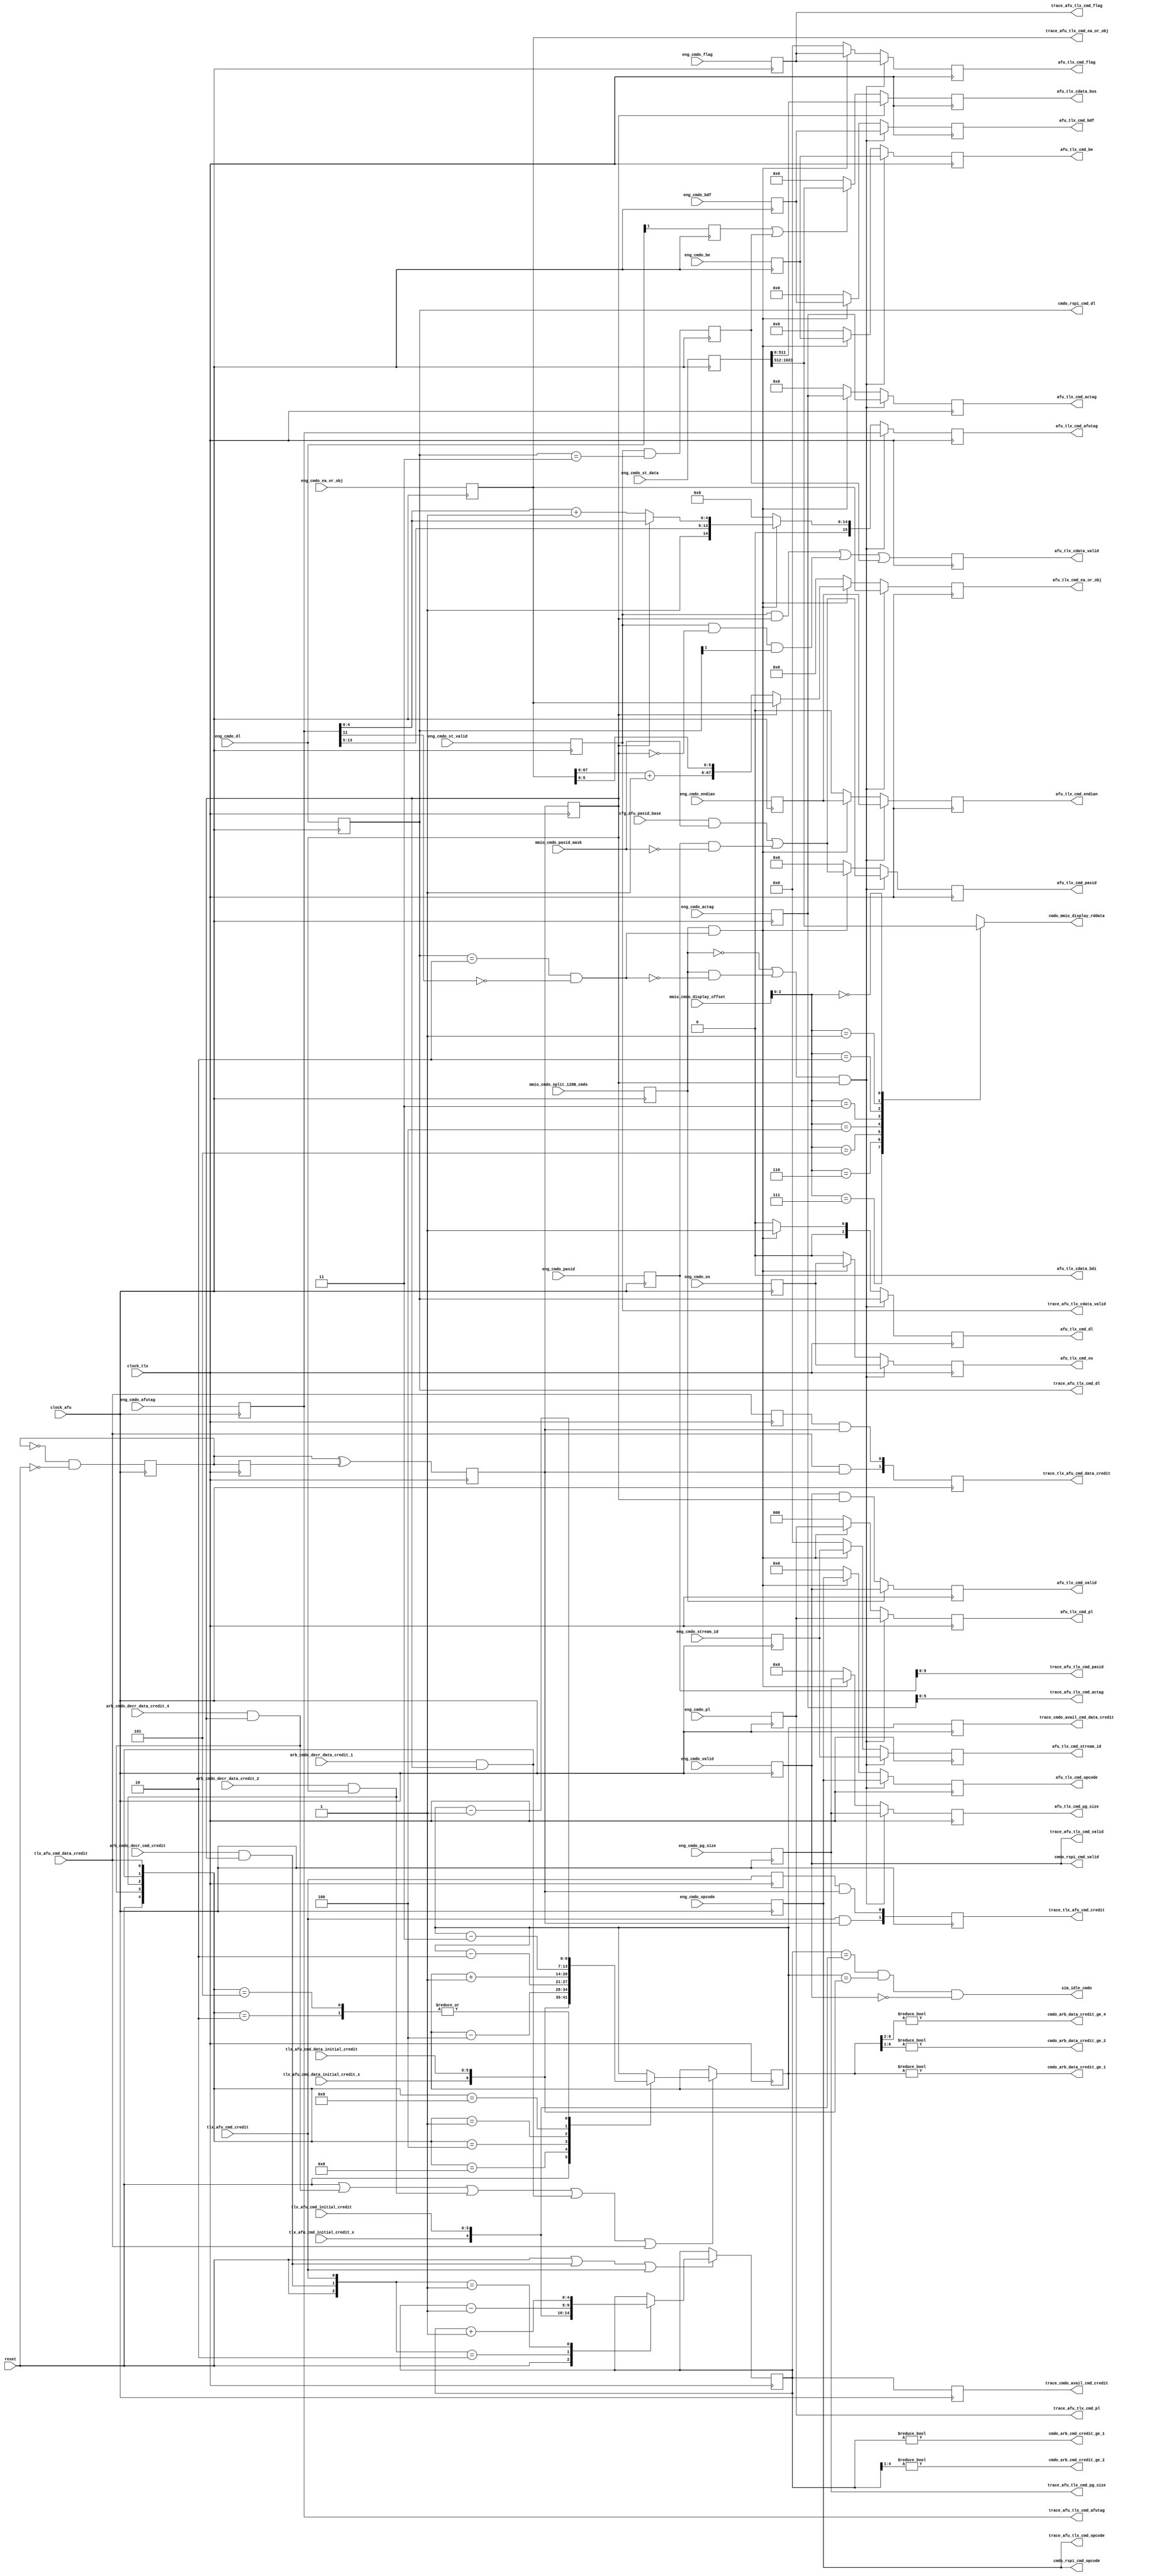
// *!***************************************************************************
// *! Copyright 2019 International Business Machines
// *!
// *! Licensed under the Apache License, Version 2.0 (the "License");
// *! you may not use this file except in compliance with the License.
// *! You may obtain a copy of the License at
// *! http://www.apache.org/licenses/LICENSE-2.0 
// *!
// *! The patent license granted to you in Section 3 of the License, as applied
// *! to the "Work," hereby includes implementations of the Work in physical form.  
// *!
// *! Unless required by applicable law or agreed to in writing, the reference design
// *! distributed under the License is distributed on an "AS IS" BASIS,
// *! WITHOUT WARRANTIES OR CONDITIONS OF ANY KIND, either express or implied.
// *! See the License for the specific language governing permissions and
// *! limitations under the License.
// *! 
// *! The background Specification upon which this is based is managed by and available from
// *! the OpenCAPI Consortium.  More information can be found at https://opencapi.org. 
// *!***************************************************************************
`timescale 1ns / 1ps

module afp3_cmdo (

  // -- Clocks & Reset
    input                 clock_afu          // -- target frequency 200MHz
  , input                 clock_tlx          // -- target frequency 400MHz
  , input                 reset                                                                                                                    

  // -- Config info
  , input          [19:0] cfg_afu_pasid_base                                                                                                     
  , input          [19:0] mmio_cmdo_pasid_mask                                                                                                     
  , input                 mmio_cmdo_split_128B_cmds

  // -- Command input from Engines
  , input                 eng_cmdo_valid                                                                                                           
  , input           [7:0] eng_cmdo_opcode                                                                                                          
  , input          [11:0] eng_cmdo_actag                                                                                                           
  , input           [3:0] eng_cmdo_stream_id                                                                                                       
  , input          [67:0] eng_cmdo_ea_or_obj                                                                                                       
  , input          [15:0] eng_cmdo_afutag                                                                                                          
  , input           [1:0] eng_cmdo_dl                                                                                                              
  , input           [2:0] eng_cmdo_pl                                                                                                              
  , input                 eng_cmdo_os                                                                                                              
  , input          [63:0] eng_cmdo_be                                                                                                              
  , input           [3:0] eng_cmdo_flag                                                                                                            
  , input                 eng_cmdo_endian                                                                                                          
  , input          [15:0] eng_cmdo_bdf                                                                                                             
  , input          [19:0] eng_cmdo_pasid                                                                                                           
  , input           [5:0] eng_cmdo_pg_size                                                                                                         
  , input                 eng_cmdo_st_valid                                                                                                        
  , input        [1023:0] eng_cmdo_st_data                                                                                                         

  // -- Send latched Command to response logic for tracking outstanding ops
  , output                cmdo_rspi_cmd_valid
  , output          [7:0] cmdo_rspi_cmd_opcode
  , output          [1:0] cmdo_rspi_cmd_dl

  // -- AFU_TLX command transmit interface
  , output                afu_tlx_cmd_valid
  , output          [7:0] afu_tlx_cmd_opcode
  , output         [11:0] afu_tlx_cmd_actag
  , output          [3:0] afu_tlx_cmd_stream_id
  , output         [67:0] afu_tlx_cmd_ea_or_obj
  , output         [15:0] afu_tlx_cmd_afutag
  , output          [1:0] afu_tlx_cmd_dl
  , output          [2:0] afu_tlx_cmd_pl
  , output                afu_tlx_cmd_os
  , output         [63:0] afu_tlx_cmd_be
  , output          [3:0] afu_tlx_cmd_flag
  , output                afu_tlx_cmd_endian
  , output         [15:0] afu_tlx_cmd_bdf
  , output         [19:0] afu_tlx_cmd_pasid
  , output          [5:0] afu_tlx_cmd_pg_size

  , output                afu_tlx_cdata_valid
  , output                afu_tlx_cdata_bdi
  , output        [511:0] afu_tlx_cdata_bus

  // -- Cmd & Data Credit
  , input                 tlx_afu_cmd_credit                //  -- TLX returns cmd credit to AFU when cmd taken from FIFO by DLX
  , input                 tlx_afu_cmd_data_credit           //  -- TLX returns cmd data credit to AFU when cmd data taken from FIFO by DLX

//--input           [4:3] tlx_afu_cmd_resp_initial_credit_x //  -- TLX informs AFU cmd/resp credits available - same for cmd and resp
//--input           [2:0] tlx_afu_cmd_resp_initial_credit   //  -- TLX informs AFU cmd/resp credits available - same for cmd and resp
//--input           [6:5] tlx_afu_data_initial_credit_x     //  -- TLX informs AFU data credits available
//--input           [4:0] tlx_afu_data_initial_credit       //  -- TLX informs AFU data credits available

  , input           [4:4] tlx_afu_cmd_initial_credit_x      //  -- TLX informs AFU cmd credits available
  , input           [3:0] tlx_afu_cmd_initial_credit        //  -- TLX informs AFU cmd credits available
  , input           [6:6] tlx_afu_cmd_data_initial_credit_x //  -- TLX informs AFU cmd data credits available
  , input           [5:0] tlx_afu_cmd_data_initial_credit   //  -- TLX informs AFU cmd data credits available
 
  , output                cmdo_arb_cmd_credit_ge_1
  , output                cmdo_arb_cmd_credit_ge_2
  , output                cmdo_arb_data_credit_ge_1
  , output                cmdo_arb_data_credit_ge_2
  , output                cmdo_arb_data_credit_ge_4

  , input                 arb_cmdo_decr_cmd_credit
  , input                 arb_cmdo_decr_data_credit_4
  , input                 arb_cmdo_decr_data_credit_2
  , input                 arb_cmdo_decr_data_credit_1

  // -- AFU_TLX Command Bus Trace outputs
  , output                trace_afu_tlx_cmd_valid
  , output          [7:0] trace_afu_tlx_cmd_opcode
  , output          [5:0] trace_afu_tlx_cmd_actag
//, output          [3:0] trace_afu_tlx_cmd_stream_id
  , output         [67:0] trace_afu_tlx_cmd_ea_or_obj
  , output         [15:0] trace_afu_tlx_cmd_afutag
  , output          [1:0] trace_afu_tlx_cmd_dl
  , output          [2:0] trace_afu_tlx_cmd_pl
//, output                trace_afu_tlx_cmd_os
//, output         [63:0] trace_afu_tlx_cmd_be
  , output          [3:0] trace_afu_tlx_cmd_flag
//, output                trace_afu_tlx_cmd_endian
//, output         [15:0] trace_afu_tlx_cmd_bdf
  , output          [9:0] trace_afu_tlx_cmd_pasid
  , output          [5:0] trace_afu_tlx_cmd_pg_size

  , output                trace_afu_tlx_cdata_valid
//, output                trace_afu_tlx_cdata_bdi
//, output       [1023:0] trace_afu_tlx_cdata_bus

  , output          [1:0] trace_tlx_afu_cmd_credit
  , output          [1:0] trace_tlx_afu_cmd_data_credit

  , output          [4:0] trace_cmdo_avail_cmd_credit
  , output          [6:0] trace_cmdo_avail_cmd_data_credit

  // -- Display Read Interface - Copy Engines
  , input           [3:0] mmio_cmdo_display_offset
  , output reg     [63:0] cmdo_mmio_display_rddata

  // -- Simulation Idle
  , output                sim_idle_cmdo

  );


  // --****************************************************************************
  // -- Signal declarations
  // --****************************************************************************

  // -- 128B cmd split support
  wire            cmd_is_128B_cpy;

  // -- Command Credit
  wire            decr_cmd_credit;                                                                                                         
  wire            incr_cmd_credit;
  wire      [2:0] available_cmd_credit_sel;                                                                                                         

  // -- Data Credit
  wire            decr_data_credit_4;                                                                                                      
  wire            decr_data_credit_2;                                                                                                      
  wire            decr_data_credit_1;                                                                                                      
  wire            incr_data_credit;                                                                                                        
  wire      [4:0] available_cmd_data_credit_sel;                                                                                               

  // -- PASID modification per CNFG sourced Base/Mask
  wire     [19:0] eng_cmdo_pasid_aligned;                                                                                                  


  // --****************************************************************************
  // -- Latch Signal declarations (including enable signals)
  // --****************************************************************************

  // -- Even/Odd latches
  wire            toggle_d;                                                                                                                
  reg             toggle_q;                                                                                                                
  wire            sample_d;                                                                                                                
  reg             sample_q;                                                                                                                
  wire            odd_d;                                                                                                                   
  reg             odd_q;                                                                                                                   
  wire            even_d;                                                                                                                  
  (* keep = "true", max_fanout = 128 *) reg             even_q;                                                                                                                  


  // -- Repower mode bits
  wire            mmio_cmdo_split_128B_cmds_d;
  reg             mmio_cmdo_split_128B_cmds_q;

  // -- Engine interface latches (inbound)
  wire            eng_cmdo_valid_d;                                                                                                        
  reg             eng_cmdo_valid_q;                                                                                                        
  wire      [7:0] eng_cmdo_opcode_d;                                                                                                       
  reg       [7:0] eng_cmdo_opcode_q;                                                                                                       
  wire     [11:0] eng_cmdo_actag_d;                                                                                                        
  reg      [11:0] eng_cmdo_actag_q;                                                                                                        
  wire      [3:0] eng_cmdo_stream_id_d;                                                                                                    
  reg       [3:0] eng_cmdo_stream_id_q;                                                                                                    
  wire     [67:0] eng_cmdo_ea_or_obj_d;                                                                                                    
  reg      [67:0] eng_cmdo_ea_or_obj_q;                                                                                                    
  wire     [15:0] eng_cmdo_afutag_d;                                                                                                       
  reg      [15:0] eng_cmdo_afutag_q;                                                                                                       
  wire      [1:0] eng_cmdo_dl_d;                                                                                                           
  reg       [1:0] eng_cmdo_dl_q;                                                                                                           
  wire      [2:0] eng_cmdo_pl_d;                                                                                                           
  reg       [2:0] eng_cmdo_pl_q;                                                                                                           
  wire            eng_cmdo_os_d;                                                                                                           
  reg             eng_cmdo_os_q;                                                                                                           
  wire     [63:0] eng_cmdo_be_d;                                                                                                           
  reg      [63:0] eng_cmdo_be_q;                                                                                                           
  wire      [3:0] eng_cmdo_flag_d;                                                                                                         
  reg       [3:0] eng_cmdo_flag_q;                                                                                                         
  wire            eng_cmdo_endian_d;                                                                                                       
  reg             eng_cmdo_endian_q;                                                                                                       
  wire     [15:0] eng_cmdo_bdf_d;                                                                                                          
  reg      [15:0] eng_cmdo_bdf_q;                                                                                                          
  wire     [19:0] eng_cmdo_pasid_d;                                                                                                        
  reg      [19:0] eng_cmdo_pasid_q;                                                                                                        
  wire      [5:0] eng_cmdo_pg_size_d;                                                                                                      
  reg       [5:0] eng_cmdo_pg_size_q;                                                                                                      
  wire            eng_cmdo_st_valid_d;                                                                                                     
  reg             eng_cmdo_st_valid_q;                                                                                                     
  wire   [1023:0] eng_cmdo_st_data_d;                                                                                                      
  reg    [1023:0] eng_cmdo_st_data_q;

  // -- Repowering for gating
  wire            eng_cmdo_st_valid_dly_d;                                                                                                 
  reg             eng_cmdo_st_valid_dly_q;                                                                                                 
  wire            eng_cmdo_dl_ge_128B_d;                                                                                                   
 (* keep = "true", max_fanout = 256 *)   reg             eng_cmdo_dl_ge_128B_q;                                                                                                   

  // -- Trace Array Latches
  wire      [1:0] trace_tlx_afu_cmd_credit_d;
  reg       [1:0] trace_tlx_afu_cmd_credit_q;
  wire      [1:0] trace_tlx_afu_cmd_data_credit_d;
  reg       [1:0] trace_tlx_afu_cmd_data_credit_q;

  wire      [4:0] trace_cmdo_avail_cmd_credit_d;
  reg       [4:0] trace_cmdo_avail_cmd_credit_q;
  wire      [6:0] trace_cmdo_avail_cmd_data_credit_d;
  reg       [6:0] trace_cmdo_avail_cmd_data_credit_q;


  // -- TLX interface latches (outbound)
  reg             afu_tlx_cmd_valid_d;                                                                                                     
  reg             afu_tlx_cmd_valid_q;                                                                                                     
  reg       [7:0] afu_tlx_cmd_opcode_d;                                                                                                    
  reg       [7:0] afu_tlx_cmd_opcode_q;                                                                                                    
  reg      [11:0] afu_tlx_cmd_actag_d;                                                                                                     
  reg      [11:0] afu_tlx_cmd_actag_q;                                                                                                     
  reg       [3:0] afu_tlx_cmd_stream_id_d;                                                                                                 
  reg       [3:0] afu_tlx_cmd_stream_id_q;                                                                                                 
  reg      [67:0] afu_tlx_cmd_ea_or_obj_d;                                                                                                 
  reg      [67:0] afu_tlx_cmd_ea_or_obj_q;                                                                                                 
  reg      [15:0] afu_tlx_cmd_afutag_d;                                                                                                    
  reg      [15:0] afu_tlx_cmd_afutag_q;                                                                                                    
  reg       [1:0] afu_tlx_cmd_dl_d;                                                                                                        
  reg       [1:0] afu_tlx_cmd_dl_q;                                                                                                        
  reg       [2:0] afu_tlx_cmd_pl_d;                                                                                                        
  reg       [2:0] afu_tlx_cmd_pl_q;                                                                                                        
  reg             afu_tlx_cmd_os_d;                                                                                                        
  reg             afu_tlx_cmd_os_q;                                                                                                        
  reg      [63:0] afu_tlx_cmd_be_d;                                                                                                        
  reg      [63:0] afu_tlx_cmd_be_q;                                                                                                        
  reg       [3:0] afu_tlx_cmd_flag_d;                                                                                                      
  reg       [3:0] afu_tlx_cmd_flag_q;                                                                                                      
  reg             afu_tlx_cmd_endian_d;                                                                                                    
  reg             afu_tlx_cmd_endian_q;                                                                                                    
  reg      [15:0] afu_tlx_cmd_bdf_d;                                                                                                       
  reg      [15:0] afu_tlx_cmd_bdf_q;                                                                                                       
  reg      [19:0] afu_tlx_cmd_pasid_d;                                                                                                     
  reg      [19:0] afu_tlx_cmd_pasid_q;                                                                                                     
  reg       [5:0] afu_tlx_cmd_pg_size_d;                                                                                                   
  reg       [5:0] afu_tlx_cmd_pg_size_q;                                                                                                   
  reg             afu_tlx_cdata_valid_d;                                                                                                   
  reg             afu_tlx_cdata_valid_q;                                                                                                   
  reg     [511:0] afu_tlx_cdata_bus_d;                                                                                                     
  reg     [511:0] afu_tlx_cdata_bus_q;                                                                                                     

  // -- Command Credit
  wire            tlx_afu_cmd_credit_d;
  reg             tlx_afu_cmd_credit_q;

  wire            available_cmd_credit_en;                                                                                                 
  reg       [4:0] available_cmd_credit_d;                                                                                                  
  reg       [4:0] available_cmd_credit_q;                                                                                                  

  // -- Data Credit
  wire            tlx_afu_cmd_data_credit_d;
  reg             tlx_afu_cmd_data_credit_q;

  wire            available_cmd_data_credit_en;                                                                                                
  reg       [6:0] available_cmd_data_credit_d;                                                                                                 
  reg       [6:0] available_cmd_data_credit_q;                                                                                                 



  // -- ********************************************************************************************************************************
  // -- Determine Even/Odd Cycles
  // -- ********************************************************************************************************************************

  // --                          _______         _______         _______         _______         _______         
  // -- clock_afu             __|       |_______|       |_______|       |_______|       |_______|       |_______
  // --                          ___     ___     ___     ___     ___     ___     ___     ___     ___     ___     
  // -- clock_tlx             __|   |___|   |___|   |___|   |___|   |___|   |___|   |___|   |___|   |___|   |___
  // --                          _______________                 _______________                 _______________
  // -- toggle_q              __|               |_______________|               |_______________|
  // --                                  _______________                 _______________                 _______
  // -- sample_q              __________|               |_______________|               |_______________|
  // --                          _______         _______         _______         _______         _______         
  // -- even_q                __|       |_______|       |_______|       |_______|       |_______|       |_______
  // --                       __         _______         _______         _______         _______         _______         
  // -- odd_q                   |_______|       |_______|       |_______|       |_______|       |_______|       
  // --                          _______________          
  // -- eng_cmdo_xxx          --<_______________>---------------------------------------------------------------
  // --                                          _______________          
  // -- eng_cmdo_xxx_q        ------------------<_______________>-----------------------------------------------
  // --                                                  _______          
  // -- afu_tlx_xxx_q         --------------------------<_______>-----------------------------------------------
  // --                                                  _______ _______ _______ _______
  // -- afu_tlx_cdata_valid_q   ________________________|       |   ?   |   ?   |   ?   |_______________________
  // --                                                  _______ _______ _______ _______
  // -- afu_tlx_cdata_bus_q     ------------------------<_______X_______X_______X_______>-----------------------


  assign  toggle_d = ~toggle_q && ~reset;

  assign  sample_d =  toggle_q;

  assign  odd_d    =  toggle_q ^ sample_q;

  assign  even_d   =  odd_q;

  // -- ********************************************************************************************************************************
  // -- Repower Mode bits (AFU clock domain)
  // -- ********************************************************************************************************************************

  assign  mmio_cmdo_split_128B_cmds_d =  mmio_cmdo_split_128B_cmds;


  // -- ********************************************************************************************************************************
  // -- Latch inputs from engines (AFU clock domain)
  // -- ********************************************************************************************************************************

  // -- NOTE: for timing purposes, need to latch in the AFU clock domain.
  // --       These signals originate from the engines and go through big OR tree
  // --       There is some minimal amount of gating logic on the store data between latch and output within the engine

  assign  eng_cmdo_valid_d           =  eng_cmdo_valid;
  assign  eng_cmdo_opcode_d[7:0]     =  eng_cmdo_opcode[7:0];
  assign  eng_cmdo_actag_d[11:0]     =  eng_cmdo_actag[11:0];
  assign  eng_cmdo_stream_id_d[3:0]  =  eng_cmdo_stream_id[3:0];
  assign  eng_cmdo_ea_or_obj_d[67:0] =  eng_cmdo_ea_or_obj[67:0];
  assign  eng_cmdo_afutag_d[15:0]    =  eng_cmdo_afutag[15:0];
  assign  eng_cmdo_dl_d[1:0]         =  eng_cmdo_dl[1:0];
  assign  eng_cmdo_pl_d[2:0]         =  eng_cmdo_pl[2:0];
  assign  eng_cmdo_os_d              =  eng_cmdo_os;
  assign  eng_cmdo_be_d[63:0]        =  eng_cmdo_be[63:0];
  assign  eng_cmdo_flag_d[3:0]       =  eng_cmdo_flag[3:0];
  assign  eng_cmdo_endian_d          =  eng_cmdo_endian;
  assign  eng_cmdo_bdf_d[15:0]       =  eng_cmdo_bdf[15:0];
  assign  eng_cmdo_pasid_d[19:0]     =  eng_cmdo_pasid[19:0];
  assign  eng_cmdo_pg_size_d[5:0]    =  eng_cmdo_pg_size[5:0];

  assign  eng_cmdo_st_valid_d        =  eng_cmdo_st_valid;
  assign  eng_cmdo_st_data_d[1023:0] =  eng_cmdo_st_data[1023:0];

  assign  eng_cmdo_dl_ge_128B_d      =  eng_cmdo_dl[1];

  assign  eng_cmdo_st_valid_dly_d = { eng_cmdo_st_valid_q && ( eng_cmdo_dl_q[1:0] == 2'b11 ) };  // -- for beats 3, 4 of 256B op

  // -- NOTE: eng_cmdo_st_valid is only a single pulse indicating that there is data associated with the command
  // --       Must use the length field to determine how many cycle to drive afu_tlx_cdata_valid


  // -- ********************************************************************************************************************************
  // -- Align PASID to the Base
  // -- ********************************************************************************************************************************

  assign  eng_cmdo_pasid_aligned[19:0] =  ( cfg_afu_pasid_base[19:0] &  mmio_cmdo_pasid_mask[19:0] ) |
                                          (   eng_cmdo_pasid_q[19:0] & ~mmio_cmdo_pasid_mask[19:0] );


  // -- ********************************************************************************************************************************
  // -- Send latched (AFU clock domain) output to the Response logic to track outbound cmds vs incoming responses 
  // -- ********************************************************************************************************************************

  assign  cmdo_rspi_cmd_valid       =  eng_cmdo_valid_q;
  assign  cmdo_rspi_cmd_opcode[7:0] =  eng_cmdo_opcode_q[7:0];
  assign  cmdo_rspi_cmd_dl[1:0]     =  eng_cmdo_dl_q[1:0];


  // -- ********************************************************************************************************************************
  // -- Re-Latch into the TLX clock domain before driving to TLX
  // -- ********************************************************************************************************************************

  // -- use one "EVEN" repower latch to gate roughly 32 signals ... may need to adjust dependent upon timing results
  // -- depending upon timing, it might be possible to just drive gated signals directly to TLX without latching.
  // --       (May have to increase the number of gating signals to gate something less than 32 signals per gate)
  // -- Valid signals have dedicated gate (in the event that we want to try to drive gated signals directly to TLX 

  assign  cmd_is_128B_cpy =  (( eng_cmdo_dl_q[1:0] == 2'b10 ) && ( eng_cmdo_afutag_q[11] == 1'b0 ));

  always @*
    begin

      // -- Drive cmd valid in only 1st half of AFU clock cycle (unless splitting 128B ops)
      if ( ~mmio_cmdo_split_128B_cmds_q )
        afu_tlx_cmd_valid_d =  ( eng_cmdo_valid_q && even_q );
      else
        afu_tlx_cmd_valid_d =  ( eng_cmdo_valid_q );


      // -- Drive data valid on 1,2, or 4 clock cycles depending upon the op size                                                                    
      afu_tlx_cdata_valid_d = (( eng_cmdo_st_valid_q &&  even_q ) ||                      // -- 1st beat
                               ( eng_cmdo_st_valid_q && ~even_q && eng_cmdo_dl_q[1] ) ||  // -- 2nd beat
                                 eng_cmdo_st_valid_dly_q );                               // -- 3rd & 4th beat of 256

      // -- Use copies of the even latch to gate the cmd when moving from AFU to TLX clock domain
      if (( ~mmio_cmdo_split_128B_cmds_q || ( mmio_cmdo_split_128B_cmds_q && ~cmd_is_128B_cpy )) && even_q )
        begin
          afu_tlx_cmd_opcode_d[7:0]      =  eng_cmdo_opcode_q[7:0];
          afu_tlx_cmd_actag_d[11:0]      =  eng_cmdo_actag_q[11:0];
          afu_tlx_cmd_stream_id_d[3:0]   =  eng_cmdo_stream_id_q[3:0];
          afu_tlx_cmd_ea_or_obj_d[67:0]  =  eng_cmdo_ea_or_obj_q[67:0];
          afu_tlx_cmd_afutag_d[15:0]     =  eng_cmdo_afutag_q[15:0];
          afu_tlx_cmd_dl_d[1:0]          =  eng_cmdo_dl_q[1:0];
          afu_tlx_cmd_pl_d[2:0]          =  eng_cmdo_pl_q[2:0];
          afu_tlx_cmd_os_d               =  eng_cmdo_os_q;
          afu_tlx_cmd_be_d[63:0]         =  eng_cmdo_be_q[63:0];
          afu_tlx_cmd_flag_d[3:0]        =  eng_cmdo_flag_q[3:0];
          afu_tlx_cmd_endian_d           =  eng_cmdo_endian_q;
          afu_tlx_cmd_bdf_d[15:0]        =  eng_cmdo_bdf_q[15:0];
          afu_tlx_cmd_pasid_d[19:0]      =  eng_cmdo_pasid_aligned[19:0];
          afu_tlx_cmd_pg_size_d[5:0]     =  eng_cmdo_pg_size_q[5:0];
        end
      else if ( mmio_cmdo_split_128B_cmds_q && cmd_is_128B_cpy )
        begin
          afu_tlx_cmd_opcode_d[7:0]      =  eng_cmdo_opcode_q[7:0];
          afu_tlx_cmd_actag_d[11:0]      =  eng_cmdo_actag_q[11:0];
          afu_tlx_cmd_stream_id_d[3:0]   =  eng_cmdo_stream_id_q[3:0];
          if ( even_q )  // -- 1st half of 200MHz cycle
            begin
              afu_tlx_cmd_ea_or_obj_d[67:0]  =    eng_cmdo_ea_or_obj_q[67:0];        // -- Keep original offset for 1st 64B
              afu_tlx_cmd_afutag_d[15:0]     =  { 2'b01, eng_cmdo_afutag_q[13:0] };  // -- Change 128B orig length indicator in AFUTAG to 64B
              afu_tlx_cmd_dl_d[1:0]          =    2'b01;                             // -- Change 128B data length to 64B
            end
          else     // -- odd - 2nd half of 200MHz cycle
            begin
              afu_tlx_cmd_ea_or_obj_d[67:0]  =  { ( eng_cmdo_ea_or_obj_q[67:6] + 62'b1 ), eng_cmdo_ea_or_obj_q[5:0] };  // -- Increment EA to next 64B offset
              afu_tlx_cmd_afutag_d[15:0]     =  { 2'b01, eng_cmdo_afutag_q[13:5], ( eng_cmdo_afutag_q[4:0] + 5'b1 ) };  // -- Change 128B orig dl to 64B AND increment databuffer pointer in AFUTAG 
              afu_tlx_cmd_dl_d[1:0]          =    2'b01;                                                                // -- Change 128B data length to 64B
            end
          afu_tlx_cmd_pl_d[2:0]          =  eng_cmdo_pl_q[2:0];
          afu_tlx_cmd_os_d               =  eng_cmdo_os_q;
          afu_tlx_cmd_be_d[63:0]         =  eng_cmdo_be_q[63:0];
          afu_tlx_cmd_flag_d[3:0]        =  eng_cmdo_flag_q[3:0];
          afu_tlx_cmd_endian_d           =  eng_cmdo_endian_q;
          afu_tlx_cmd_bdf_d[15:0]        =  eng_cmdo_bdf_q[15:0];
          afu_tlx_cmd_pasid_d[19:0]      =  eng_cmdo_pasid_aligned[19:0];
          afu_tlx_cmd_pg_size_d[5:0]     =  eng_cmdo_pg_size_q[5:0];
        end
      else
        begin
          afu_tlx_cmd_opcode_d[7:0]      =   8'b0;
          afu_tlx_cmd_actag_d[11:0]      =  12'b0;
          afu_tlx_cmd_stream_id_d[3:0]   =   4'b0;
          afu_tlx_cmd_ea_or_obj_d[67:0]  =  68'b0;
          afu_tlx_cmd_afutag_d[15:0]     =  16'b0;
          afu_tlx_cmd_dl_d[1:0]          =   2'b0;
          afu_tlx_cmd_pl_d[2:0]          =   3'b0;
          afu_tlx_cmd_os_d               =   1'b0;
          afu_tlx_cmd_be_d[63:0]         =  64'b0;
          afu_tlx_cmd_flag_d[3:0]        =   4'b0;
          afu_tlx_cmd_endian_d           =   1'b0;
          afu_tlx_cmd_bdf_d[15:0]        =  16'b0;
          afu_tlx_cmd_pasid_d[19:0]      =  20'b0;
          afu_tlx_cmd_pg_size_d[5:0]     =   6'b0;
        end
    end  // -- always @*     



  always @*
    begin
      if ( even_q )
        afu_tlx_cdata_bus_d[511:0] =  eng_cmdo_st_data_q[511:0];
      else if ( eng_cmdo_dl_ge_128B_q || eng_cmdo_st_valid_dly_q )
        afu_tlx_cdata_bus_d[511:0] =  eng_cmdo_st_data_q[1023:512];
      else
        afu_tlx_cdata_bus_d[511:0] =  512'b0;

    end  // -- always @*     


  // -- ********************************************************************************************************************************
  // -- Drive the AFU_TLX cmd interface
  // -- ********************************************************************************************************************************

  assign  afu_tlx_cmd_valid           =  afu_tlx_cmd_valid_q; 
  assign  afu_tlx_cmd_opcode[7:0]     =  afu_tlx_cmd_opcode_q[7:0];
  assign  afu_tlx_cmd_actag[11:0]     =  afu_tlx_cmd_actag_q[11:0];
  assign  afu_tlx_cmd_stream_id[3:0]  =  afu_tlx_cmd_stream_id_q[3:0];
  assign  afu_tlx_cmd_ea_or_obj[67:0] =  afu_tlx_cmd_ea_or_obj_q[67:0];
  assign  afu_tlx_cmd_afutag[15:0]    =  afu_tlx_cmd_afutag_q[15:0];
  assign  afu_tlx_cmd_dl[1:0]         =  afu_tlx_cmd_dl_q[1:0];
  assign  afu_tlx_cmd_pl[2:0]         =  afu_tlx_cmd_pl_q[2:0];
  assign  afu_tlx_cmd_os              =  afu_tlx_cmd_os_q;
  assign  afu_tlx_cmd_be[63:0]        =  afu_tlx_cmd_be_q[63:0];
  assign  afu_tlx_cmd_flag[3:0]       =  afu_tlx_cmd_flag_q[3:0];
  assign  afu_tlx_cmd_endian          =  afu_tlx_cmd_endian_q;
  assign  afu_tlx_cmd_bdf[15:0]       =  afu_tlx_cmd_bdf_q[15:0];
  assign  afu_tlx_cmd_pasid[19:0]     =  afu_tlx_cmd_pasid_q[19:0];
  assign  afu_tlx_cmd_pg_size[5:0]    =  afu_tlx_cmd_pg_size_q[5:0];

  assign  afu_tlx_cdata_valid         =  afu_tlx_cdata_valid_q;
  assign  afu_tlx_cdata_bdi           =  1'b0;
  assign  afu_tlx_cdata_bus[511:0]    =  afu_tlx_cdata_bus_q[511:0];


  // -- ******************************************************************************************************************************************
  // -- Manage Cmd Credit
  // -- ******************************************************************************************************************************************

  assign  tlx_afu_cmd_credit_d =  tlx_afu_cmd_credit;  // -- Latch only for purpose of tracing the interface with trace array

  assign  decr_cmd_credit =  ( arb_cmdo_decr_cmd_credit && even_q );  // -- decrement credit count every cmd granted by arb 
  assign  incr_cmd_credit =  tlx_afu_cmd_credit;                          // -- TLX returning a credit back to us

  assign  available_cmd_credit_en =  ( reset || decr_cmd_credit || incr_cmd_credit );

  assign  available_cmd_credit_sel[2:0] = { reset, decr_cmd_credit, incr_cmd_credit };

  always @*
    begin
      casez ( available_cmd_credit_sel[2:0] )
        // --
        // --  reset
        // --  | decr_cmd_credit
        // --  | | incr_cmd_credit
        // --  | | |
        // -----------------------------------------------------------------------------------
            3'b1_?_? :  available_cmd_credit_d[4:0] =  { tlx_afu_cmd_initial_credit_x[4:4], tlx_afu_cmd_initial_credit[3:0] } ;
            3'b0_1_0 :  available_cmd_credit_d[4:0] =  ( available_cmd_credit_q[4:0] - 5'b1 );
            3'b0_0_1 :  available_cmd_credit_d[4:0] =  ( available_cmd_credit_q[4:0] + 5'b1 );
        // -----------------------------------------------------------------------------------
            default  :  available_cmd_credit_d[4:0] =    available_cmd_credit_q[4:0]         ;
        // -----------------------------------------------------------------------------------
      endcase

    end  // -- always @*

  assign  cmdo_arb_cmd_credit_ge_1 =  ( available_cmd_credit_q[4:0] != 5'b0 );
  assign  cmdo_arb_cmd_credit_ge_2 =  ( available_cmd_credit_q[4:1] != 4'b0 );


  // -- ******************************************************************************************************************************************
  // -- Manage Cmd Data Credit
  // -- ******************************************************************************************************************************************

  assign  tlx_afu_cmd_data_credit_d =  tlx_afu_cmd_data_credit;  // -- Latch only for purpose of tracing the interface with trace array

  assign  decr_data_credit_4 =  ( arb_cmdo_decr_data_credit_4 && even_q );  // -- decrement credit count as arb give grant for 256B store cmd
  assign  decr_data_credit_2 =  ( arb_cmdo_decr_data_credit_2 && even_q );  // -- decrement credit count as arb give grant for 128B store cmd
  assign  decr_data_credit_1 =  ( arb_cmdo_decr_data_credit_1 && even_q );  // -- decrement credit count as arb give grant for  64B or partial store cmd
  assign  incr_data_credit   =  tlx_afu_cmd_data_credit;                    // -- TLX returning a data credit back to AFU

  assign  available_cmd_data_credit_en =  ( reset || decr_data_credit_4 || decr_data_credit_2 || decr_data_credit_1 || incr_data_credit );

  assign  available_cmd_data_credit_sel[4:0] = { reset, decr_data_credit_4, decr_data_credit_2, decr_data_credit_1, incr_data_credit };

  always @*
    begin
      casez ( available_cmd_data_credit_sel[4:0] )
        // --
        // --  reset
        // --  | decr_data_credit_4
        // --  | | decr_data_credit_2
        // --  | | | decr_data_credit_1
        // --  | | | | incr_data_credit
        // --  | | | | |
        // -------------------------------------------------------------------------------------------------------------------------------
            5'b1_?_?_?_? :  available_cmd_data_credit_d =  { tlx_afu_cmd_data_initial_credit_x[6:6], tlx_afu_cmd_data_initial_credit[5:0] };  // -- Reset - Load initial Credit 
            5'b0_1_0_0_0 :  available_cmd_data_credit_d =                                 ( available_cmd_data_credit_q[6:0] - 7'b0000100 );  // -- -4                            
            5'b0_0_1_0_0 :  available_cmd_data_credit_d =                                 ( available_cmd_data_credit_q[6:0] - 7'b0000010 );  // -- -2                          
            5'b0_0_0_1_0 :  available_cmd_data_credit_d =                                 ( available_cmd_data_credit_q[6:0] - 7'b0000001 );  // -- -1
            5'b0_0_0_0_1 :  available_cmd_data_credit_d =                                 ( available_cmd_data_credit_q[6:0] + 7'b0000001 );  // --   +1                        
            5'b0_1_0_0_1 :  available_cmd_data_credit_d =                                 ( available_cmd_data_credit_q[6:0] - 7'b0000011 );  // -- -4+1
            5'b0_0_1_0_1 :  available_cmd_data_credit_d =                                 ( available_cmd_data_credit_q[6:0] - 7'b0000001 );  // -- -2+1
        // -------------------------------------------------------------------------------------------------------------------------------
            default      :  available_cmd_data_credit_d =                                   available_cmd_data_credit_q[6:0]               ;
        // -------------------------------------------------------------------------------------------------------------------------------
      endcase

    end  // -- always @*

  assign  cmdo_arb_data_credit_ge_4 =  (available_cmd_data_credit_q[6:2] != 5'b0 ); 
  assign  cmdo_arb_data_credit_ge_2 =  (available_cmd_data_credit_q[6:1] != 6'b0 ); 
  assign  cmdo_arb_data_credit_ge_1 =  (available_cmd_data_credit_q[6:0] != 7'b0 ); 


  // -- ********************************************************************************************************************************
  // -- Send latched interface signals to the trace array for debug
  // -- ********************************************************************************************************************************

  // -- capture signals in the 200MHz domain before sending to trace
  assign  trace_tlx_afu_cmd_credit_d[0]       =  tlx_afu_cmd_credit_q && odd_q;
  assign  trace_tlx_afu_cmd_credit_d[1]       =  tlx_afu_cmd_credit   && odd_q;

  assign  trace_tlx_afu_cmd_data_credit_d[0]  =  tlx_afu_cmd_data_credit_q && odd_q;
  assign  trace_tlx_afu_cmd_data_credit_d[1]  =  tlx_afu_cmd_data_credit   && odd_q;

  assign  trace_cmdo_avail_cmd_credit_d[4:0]      =  available_cmd_credit_q[4:0];
  assign  trace_cmdo_avail_cmd_data_credit_d[6:0] =  available_cmd_data_credit_q[6:0];

  // -- AFU_TLX Command Bus Trace inputs
  assign  trace_afu_tlx_cmd_valid             =  eng_cmdo_valid_q;          
  assign  trace_afu_tlx_cmd_opcode[7:0]       =  eng_cmdo_opcode_q[7:0];    
  assign  trace_afu_tlx_cmd_actag[5:0]        =  eng_cmdo_actag_q[5:0];     
//assign  trace_afu_tlx_cmd_stream_id[3:0]    =  eng_cmdo_stream_id_q[3:0]; 
  assign  trace_afu_tlx_cmd_ea_or_obj[67:0]   =  eng_cmdo_ea_or_obj_q[67:0];
  assign  trace_afu_tlx_cmd_afutag[15:0]      =  eng_cmdo_afutag_q[15:0];   
  assign  trace_afu_tlx_cmd_dl[1:0]           =  eng_cmdo_dl_q[1:0];        
  assign  trace_afu_tlx_cmd_pl[2:0]           =  eng_cmdo_pl_q[2:0];        
//assign  trace_afu_tlx_cmd_os                =  eng_cmdo_os_q;             
//assign  trace_afu_tlx_cmd_be[63:0]          =  eng_cmdo_be_q[63:0];       
  assign  trace_afu_tlx_cmd_flag[3:0]         =  eng_cmdo_flag_q[3:0];      
//assign  trace_afu_tlx_cmd_endian            =  eng_cmdo_endian_q;         
//assign  trace_afu_tlx_cmd_bdf[15:0]         =  eng_cmdo_bdf_q[15:0];      
  assign  trace_afu_tlx_cmd_pasid[9:0]        =  eng_cmdo_pasid_q[9:0];     
  assign  trace_afu_tlx_cmd_pg_size[5:0]      =  eng_cmdo_pg_size_q[5:0];   
                                                            
  assign  trace_afu_tlx_cdata_valid           =  eng_cmdo_st_valid_q;        
//assign  trace_afu_tlx_cdata_bdi             =  1'b0;          
//assign  trace_afu_tlx_cdata_bus[1023:0]     =  eng_cmdo_st_data_q[1023:0];  

  assign  trace_tlx_afu_cmd_credit[1:0]       =  trace_tlx_afu_cmd_credit_q[1:0]; 
  assign  trace_tlx_afu_cmd_data_credit[1:0]  =  trace_tlx_afu_cmd_data_credit_q[1:0];

  assign  trace_cmdo_avail_cmd_credit[4:0]      =  trace_cmdo_avail_cmd_credit_q[4:0];
  assign  trace_cmdo_avail_cmd_data_credit[6:0] =  trace_cmdo_avail_cmd_data_credit_q[6:0];


  // -- ********************************************************************************************************************************
  // -- Display Read Interface
  // -- ********************************************************************************************************************************

  // -- The copy engine always delivers display read request data on data bus bits [1023:512]

  always @*
    begin
      case ( mmio_cmdo_display_offset[2:0] )
        3'b111 :  cmdo_mmio_display_rddata[63:0] =  eng_cmdo_st_data_q[1023:960];
        3'b110 :  cmdo_mmio_display_rddata[63:0] =  eng_cmdo_st_data_q[959:896];
        3'b101 :  cmdo_mmio_display_rddata[63:0] =  eng_cmdo_st_data_q[895:832];
        3'b100 :  cmdo_mmio_display_rddata[63:0] =  eng_cmdo_st_data_q[831:768];
        3'b011 :  cmdo_mmio_display_rddata[63:0] =  eng_cmdo_st_data_q[767:704];
        3'b010 :  cmdo_mmio_display_rddata[63:0] =  eng_cmdo_st_data_q[703:640];
        3'b001 :  cmdo_mmio_display_rddata[63:0] =  eng_cmdo_st_data_q[639:576];
        3'b000 :  cmdo_mmio_display_rddata[63:0] =  eng_cmdo_st_data_q[575:512];
      endcase
    end  // -- always @*


  // -- ********************************************************************************************************************************
  // -- Sim Idle
  // -- ********************************************************************************************************************************

  assign  sim_idle_cmdo =  ( available_cmd_credit_q[4:0]      == { tlx_afu_cmd_initial_credit_x[4:4],      tlx_afu_cmd_initial_credit[3:0] } ) &&
                           ( available_cmd_data_credit_q[6:0] == { tlx_afu_cmd_data_initial_credit_x[6:6], tlx_afu_cmd_data_initial_credit[5:0] } ) &&
                            ~eng_cmdo_valid_q;


  // -- ********************************************************************************************************************************
  // -- Bugspray
  // -- ********************************************************************************************************************************

//!! Bugspray include : afp3_cmdo


  // -- ********************************************************************************************************************************
  // -- Latch Declarations
  // -- ********************************************************************************************************************************

  // -- Latches in the AFU Clock Domain
  always @ ( posedge clock_afu )
    begin
      toggle_q                             <= toggle_d;

      mmio_cmdo_split_128B_cmds_q          <= mmio_cmdo_split_128B_cmds_d;

      eng_cmdo_valid_q                     <= eng_cmdo_valid_d;             
      eng_cmdo_opcode_q[7:0]               <= eng_cmdo_opcode_d[7:0];       
      eng_cmdo_actag_q[11:0]               <= eng_cmdo_actag_d[11:0];       
      eng_cmdo_stream_id_q[3:0]            <= eng_cmdo_stream_id_d[3:0];    
      eng_cmdo_ea_or_obj_q[67:0]           <= eng_cmdo_ea_or_obj_d[67:0];   
      eng_cmdo_afutag_q[15:0]              <= eng_cmdo_afutag_d[15:0];      
      eng_cmdo_dl_q[1:0]                   <= eng_cmdo_dl_d[1:0];           
      eng_cmdo_pl_q[2:0]                   <= eng_cmdo_pl_d[2:0];           
      eng_cmdo_os_q                        <= eng_cmdo_os_d;                
      eng_cmdo_be_q[63:0]                  <= eng_cmdo_be_d[63:0];          
      eng_cmdo_flag_q[3:0]                 <= eng_cmdo_flag_d[3:0];         
      eng_cmdo_endian_q                    <= eng_cmdo_endian_d;            
      eng_cmdo_bdf_q[15:0]                 <= eng_cmdo_bdf_d[15:0];         
      eng_cmdo_pasid_q[19:0]               <= eng_cmdo_pasid_d[19:0];       
      eng_cmdo_pg_size_q[5:0]              <= eng_cmdo_pg_size_d[5:0];      
      eng_cmdo_st_valid_q                  <= eng_cmdo_st_valid_d;          
      eng_cmdo_st_data_q[1023:0]           <= eng_cmdo_st_data_d[1023:0];   
      eng_cmdo_st_valid_dly_q              <= eng_cmdo_st_valid_dly_d;      
      eng_cmdo_dl_ge_128B_q                <= eng_cmdo_dl_ge_128B_d;

      trace_tlx_afu_cmd_credit_q[1:0]      <= trace_tlx_afu_cmd_credit_d[1:0];  
      trace_tlx_afu_cmd_data_credit_q[1:0] <= trace_tlx_afu_cmd_data_credit_d[1:0];  

      trace_cmdo_avail_cmd_credit_q[4:0]       <= trace_cmdo_avail_cmd_credit_d[4:0];  
      trace_cmdo_avail_cmd_data_credit_q[6:0]  <= trace_cmdo_avail_cmd_data_credit_d[6:0];

    end   // -- always  @                     

  // -- Latches in the TLX Clock Domain
  always @ ( posedge clock_tlx )
    begin
      sample_q                             <= sample_d;                     
      odd_q                                <= odd_d;                        
      even_q                               <= even_d;                 

      afu_tlx_cmd_valid_q                  <= afu_tlx_cmd_valid_d;          
      afu_tlx_cmd_opcode_q[7:0]            <= afu_tlx_cmd_opcode_d[7:0];    
      afu_tlx_cmd_actag_q[11:0]            <= afu_tlx_cmd_actag_d[11:0];    
      afu_tlx_cmd_stream_id_q[3:0]         <= afu_tlx_cmd_stream_id_d[3:0]; 
      afu_tlx_cmd_ea_or_obj_q[67:0]        <= afu_tlx_cmd_ea_or_obj_d[67:0]; 
      afu_tlx_cmd_afutag_q[15:0]           <= afu_tlx_cmd_afutag_d[15:0];   
      afu_tlx_cmd_dl_q[1:0]                <= afu_tlx_cmd_dl_d[1:0];        
      afu_tlx_cmd_pl_q[2:0]                <= afu_tlx_cmd_pl_d[2:0];        
      afu_tlx_cmd_os_q                     <= afu_tlx_cmd_os_d;             
      afu_tlx_cmd_be_q[63:0]               <= afu_tlx_cmd_be_d[63:0];       
      afu_tlx_cmd_flag_q[3:0]              <= afu_tlx_cmd_flag_d[3:0];      
      afu_tlx_cmd_endian_q                 <= afu_tlx_cmd_endian_d;         
      afu_tlx_cmd_bdf_q[15:0]              <= afu_tlx_cmd_bdf_d[15:0];      
      afu_tlx_cmd_pasid_q[19:0]            <= afu_tlx_cmd_pasid_d[19:0];    
      afu_tlx_cmd_pg_size_q[5:0]           <= afu_tlx_cmd_pg_size_d[5:0];   
      afu_tlx_cdata_valid_q                <= afu_tlx_cdata_valid_d;        
      afu_tlx_cdata_bus_q[511:0]           <= afu_tlx_cdata_bus_d[511:0];   

      // -- Command Credit
      tlx_afu_cmd_credit_q                 <= tlx_afu_cmd_credit_d;
      if ( available_cmd_credit_en )
        available_cmd_credit_q[4:0]        <= available_cmd_credit_d[4:0];  

      // -- Data Credit
      tlx_afu_cmd_data_credit_q            <= tlx_afu_cmd_data_credit_d;
      if ( available_cmd_data_credit_en )
        available_cmd_data_credit_q[6:0]   <= available_cmd_data_credit_d[6:0]; 

    end   // -- always  @                     

endmodule